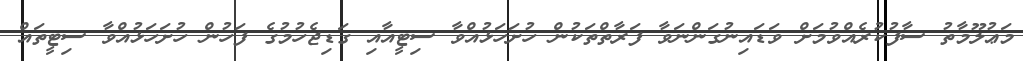
މަޢުލޫމާތު ސާފުކުރެއްވުމަށް ވަޑައިނުގަންނަވާ ފަރާތްތަކުން ހުށަހަޅުއްވާ ސިޓީއާއި ގަޑިޖެހުމުގެ ފަހުން ހުށަހަޅުއްވާ ސިޓީތައް